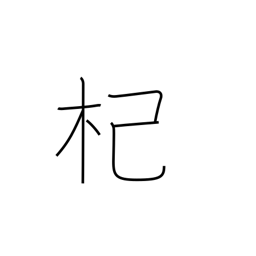
Meaning: river willow